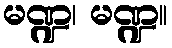
မဏ္ဍ၊ မဏ္ဍ။